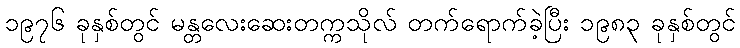
၁၉၇၆ ခုနှစ်တွင် မန္တလေးဆေးတက္ကသိုလ် တက်ရောက်ခဲ့ပြီး ၁၉၈၃ ခုနှစ်တွင်